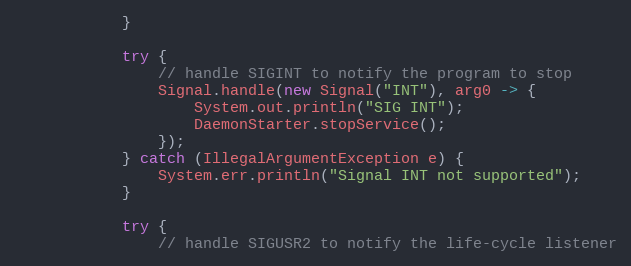
Language: Java
            }

            try {
                // handle SIGINT to notify the program to stop
                Signal.handle(new Signal("INT"), arg0 -> {
                    System.out.println("SIG INT");
                    DaemonStarter.stopService();
                });
            } catch (IllegalArgumentException e) {
                System.err.println("Signal INT not supported");
            }

            try {
                // handle SIGUSR2 to notify the life-cycle listener